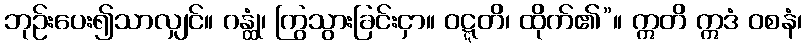
ဘုဉ်းပေး၍သာလျှင်။ ဂန္ထုံ၊ ကြွသွားခြင်းငှာ။ ဝဋ္ဋတိ၊ ထိုက်၏”။ ဣတိ ဣဒံ ဝစနံ၊